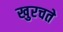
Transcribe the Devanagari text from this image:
खुरचते